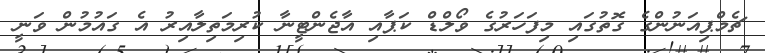
ޗެމްޕިއަނުންގެ ގޮތުގައި މިފަހަރުގެ ވޯލްޑް ކަޕާއި އާޖެންޓީނާ ކުރިމަތިލާއިރު އެ ގައުމުން ވަނީ